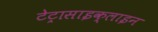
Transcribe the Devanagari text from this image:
टेट्रासाइक्लाइन